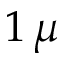
1 \, \mu